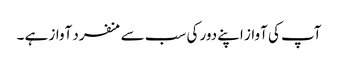
آپ کی آواز اپنے دور کی سب سے منفرد آواز ہے ۔